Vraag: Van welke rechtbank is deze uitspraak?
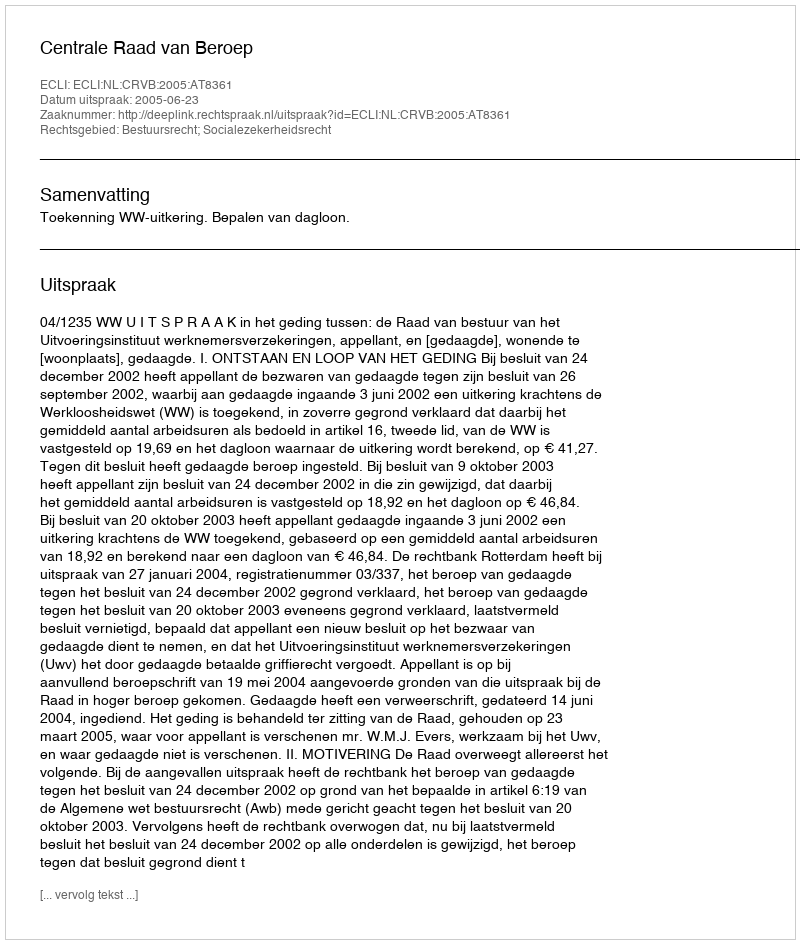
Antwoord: Centrale Raad van Beroep